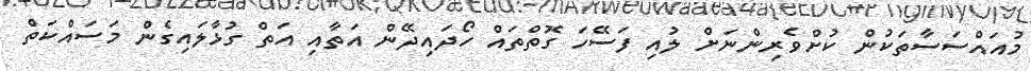
މުއައްސަސާތަކުން ކުށްވެރިންނަށް ލުއި ފަސޭހަ ގޮތްތައް ހޯދައިދޭން އަތާއި އަތް ގުޅާލައިގެން މަސައްކަތް